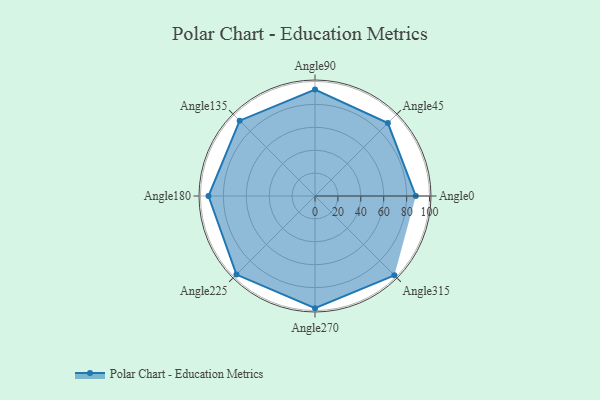
{"axis": {"x": "Angle", "y": "Radius"}, "legend": [""], "data": [{"x": "Angle0", "y": 88.0, "type": ""}, {"x": "Angle45", "y": 90.0, "type": ""}, {"x": "Angle90", "y": 93.0, "type": ""}, {"x": "Angle135", "y": 93.0, "type": ""}, {"x": "Angle180", "y": 93.0, "type": ""}, {"x": "Angle225", "y": 97.0, "type": ""}, {"x": "Angle270", "y": 98.0, "type": ""}, {"x": "Angle315", "y": 98.0, "type": ""}]}